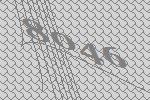
8046